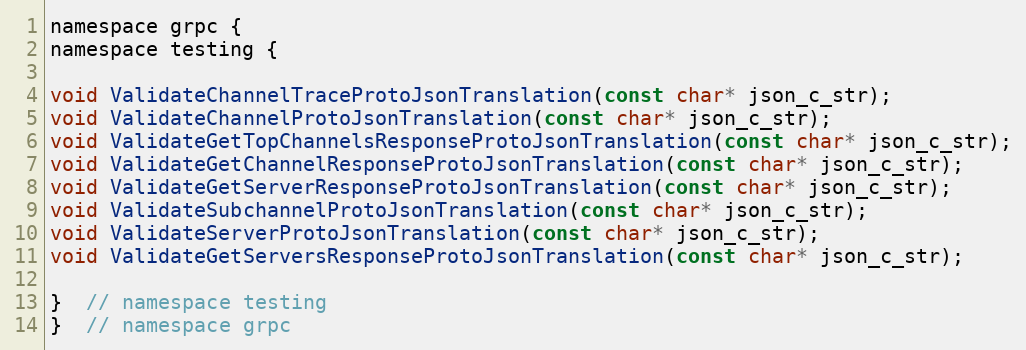
Language: C
namespace grpc {
namespace testing {

void ValidateChannelTraceProtoJsonTranslation(const char* json_c_str);
void ValidateChannelProtoJsonTranslation(const char* json_c_str);
void ValidateGetTopChannelsResponseProtoJsonTranslation(const char* json_c_str);
void ValidateGetChannelResponseProtoJsonTranslation(const char* json_c_str);
void ValidateGetServerResponseProtoJsonTranslation(const char* json_c_str);
void ValidateSubchannelProtoJsonTranslation(const char* json_c_str);
void ValidateServerProtoJsonTranslation(const char* json_c_str);
void ValidateGetServersResponseProtoJsonTranslation(const char* json_c_str);

}  // namespace testing
}  // namespace grpc